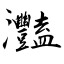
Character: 灩